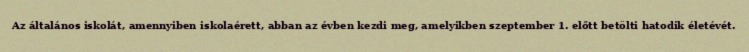
Az általános iskolát, amennyiben iskolaérett, abban az évben kezdi meg, amelyikben szeptember 1. előtt betölti hatodik életévét.